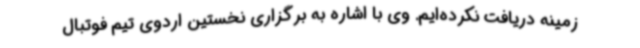
زمینه دریافت نکرده‌ایم. وی با اشاره به برگزاری نخستین اردوی تیم فوتبال